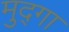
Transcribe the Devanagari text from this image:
मुद्गा